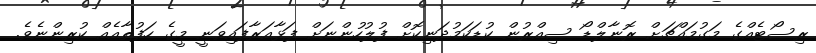
ރިސޯޓެއްގެ މަގުމައްޗަށް ރޮނާލްޑޯ ސިއްރުން ކުޑަކަމުދަނިކޮށް ފުލުހުންނަށް ފަޅާއަރާފައިވަނީ މީގެ ހަފުތާއެއް ކުރިންނެވެ.